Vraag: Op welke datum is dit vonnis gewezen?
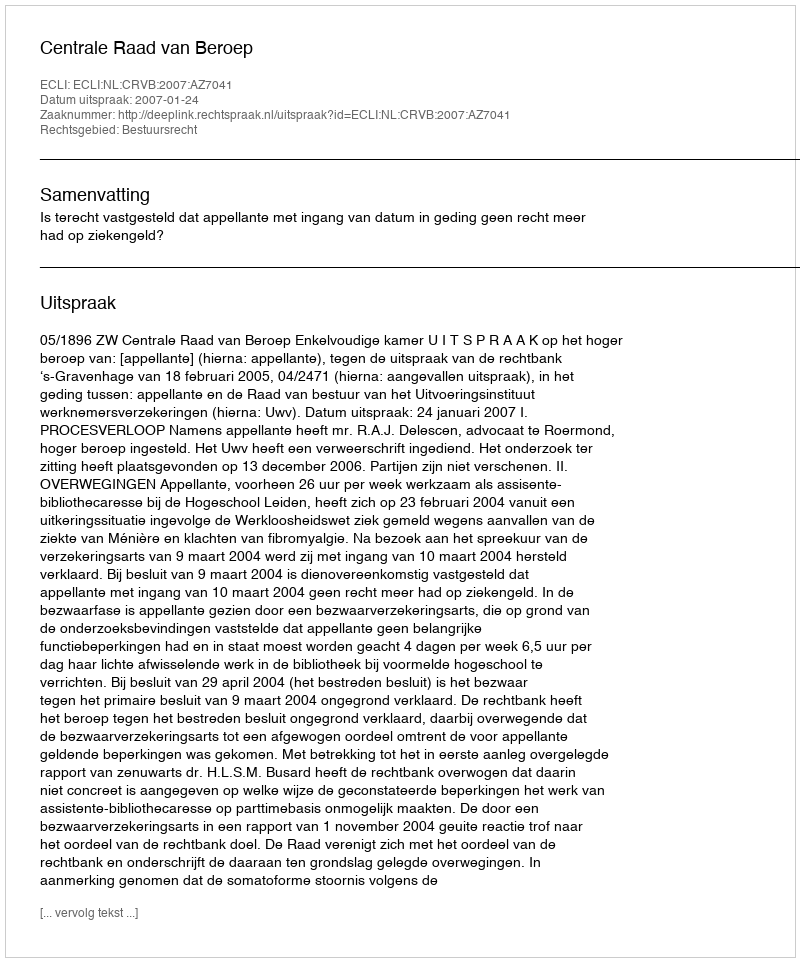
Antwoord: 2007-01-24